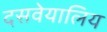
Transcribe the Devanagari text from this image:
दसवेयालिय